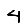
Digit: 4